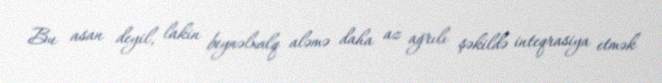
Bu asan deyil, lakin beynəlxalq aləmə daha az ağrılı şəkildə inteqrasiya etmək